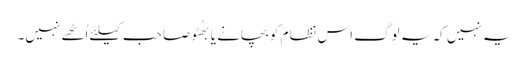
یہ نہیں کہ یہ لوگ اس نظام کو بچانے یا بھُٹو صاحب کیلئے اُٹھے نہیں۔